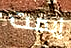
إيمت